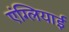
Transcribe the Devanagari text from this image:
एंग्लियाई